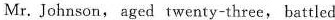
Mr. Johnson, aged twenty-three, battled